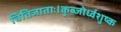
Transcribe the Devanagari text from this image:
चितिजाताः।कुब्जोर्ध्वशुष्क